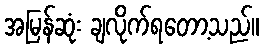
အမြန်ဆုံး ချလိုက်ရတော့သည်။